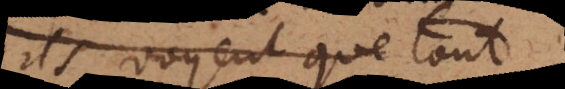
ils voyent que tout